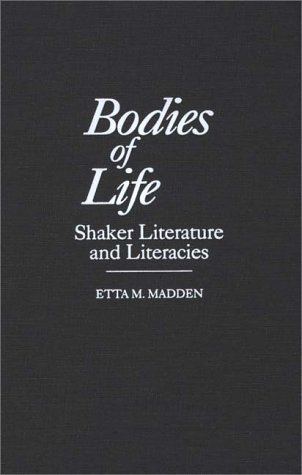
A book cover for Bodies of Life: Shaker Literature and Literacies (Contributions to the Study of Religion); Etta Madden; Christian Books & Bibles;